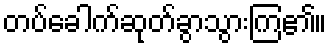
တပ်ခေါက်ဆုတ်ခွာသွားကြ၏။